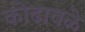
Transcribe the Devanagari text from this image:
कोढावळे